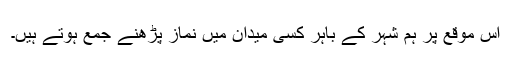
اس موقع پر ہم شہر کے باہر کسی میدان میں نماز پڑھنے جمع ہوتے ہیں۔